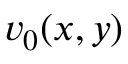
v _ { 0 } ( x , y )